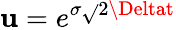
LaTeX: \mathbf{u}=e^{\sigma{\sqrt{}{{2\Deltat}}}}